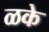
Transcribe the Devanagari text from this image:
ळके